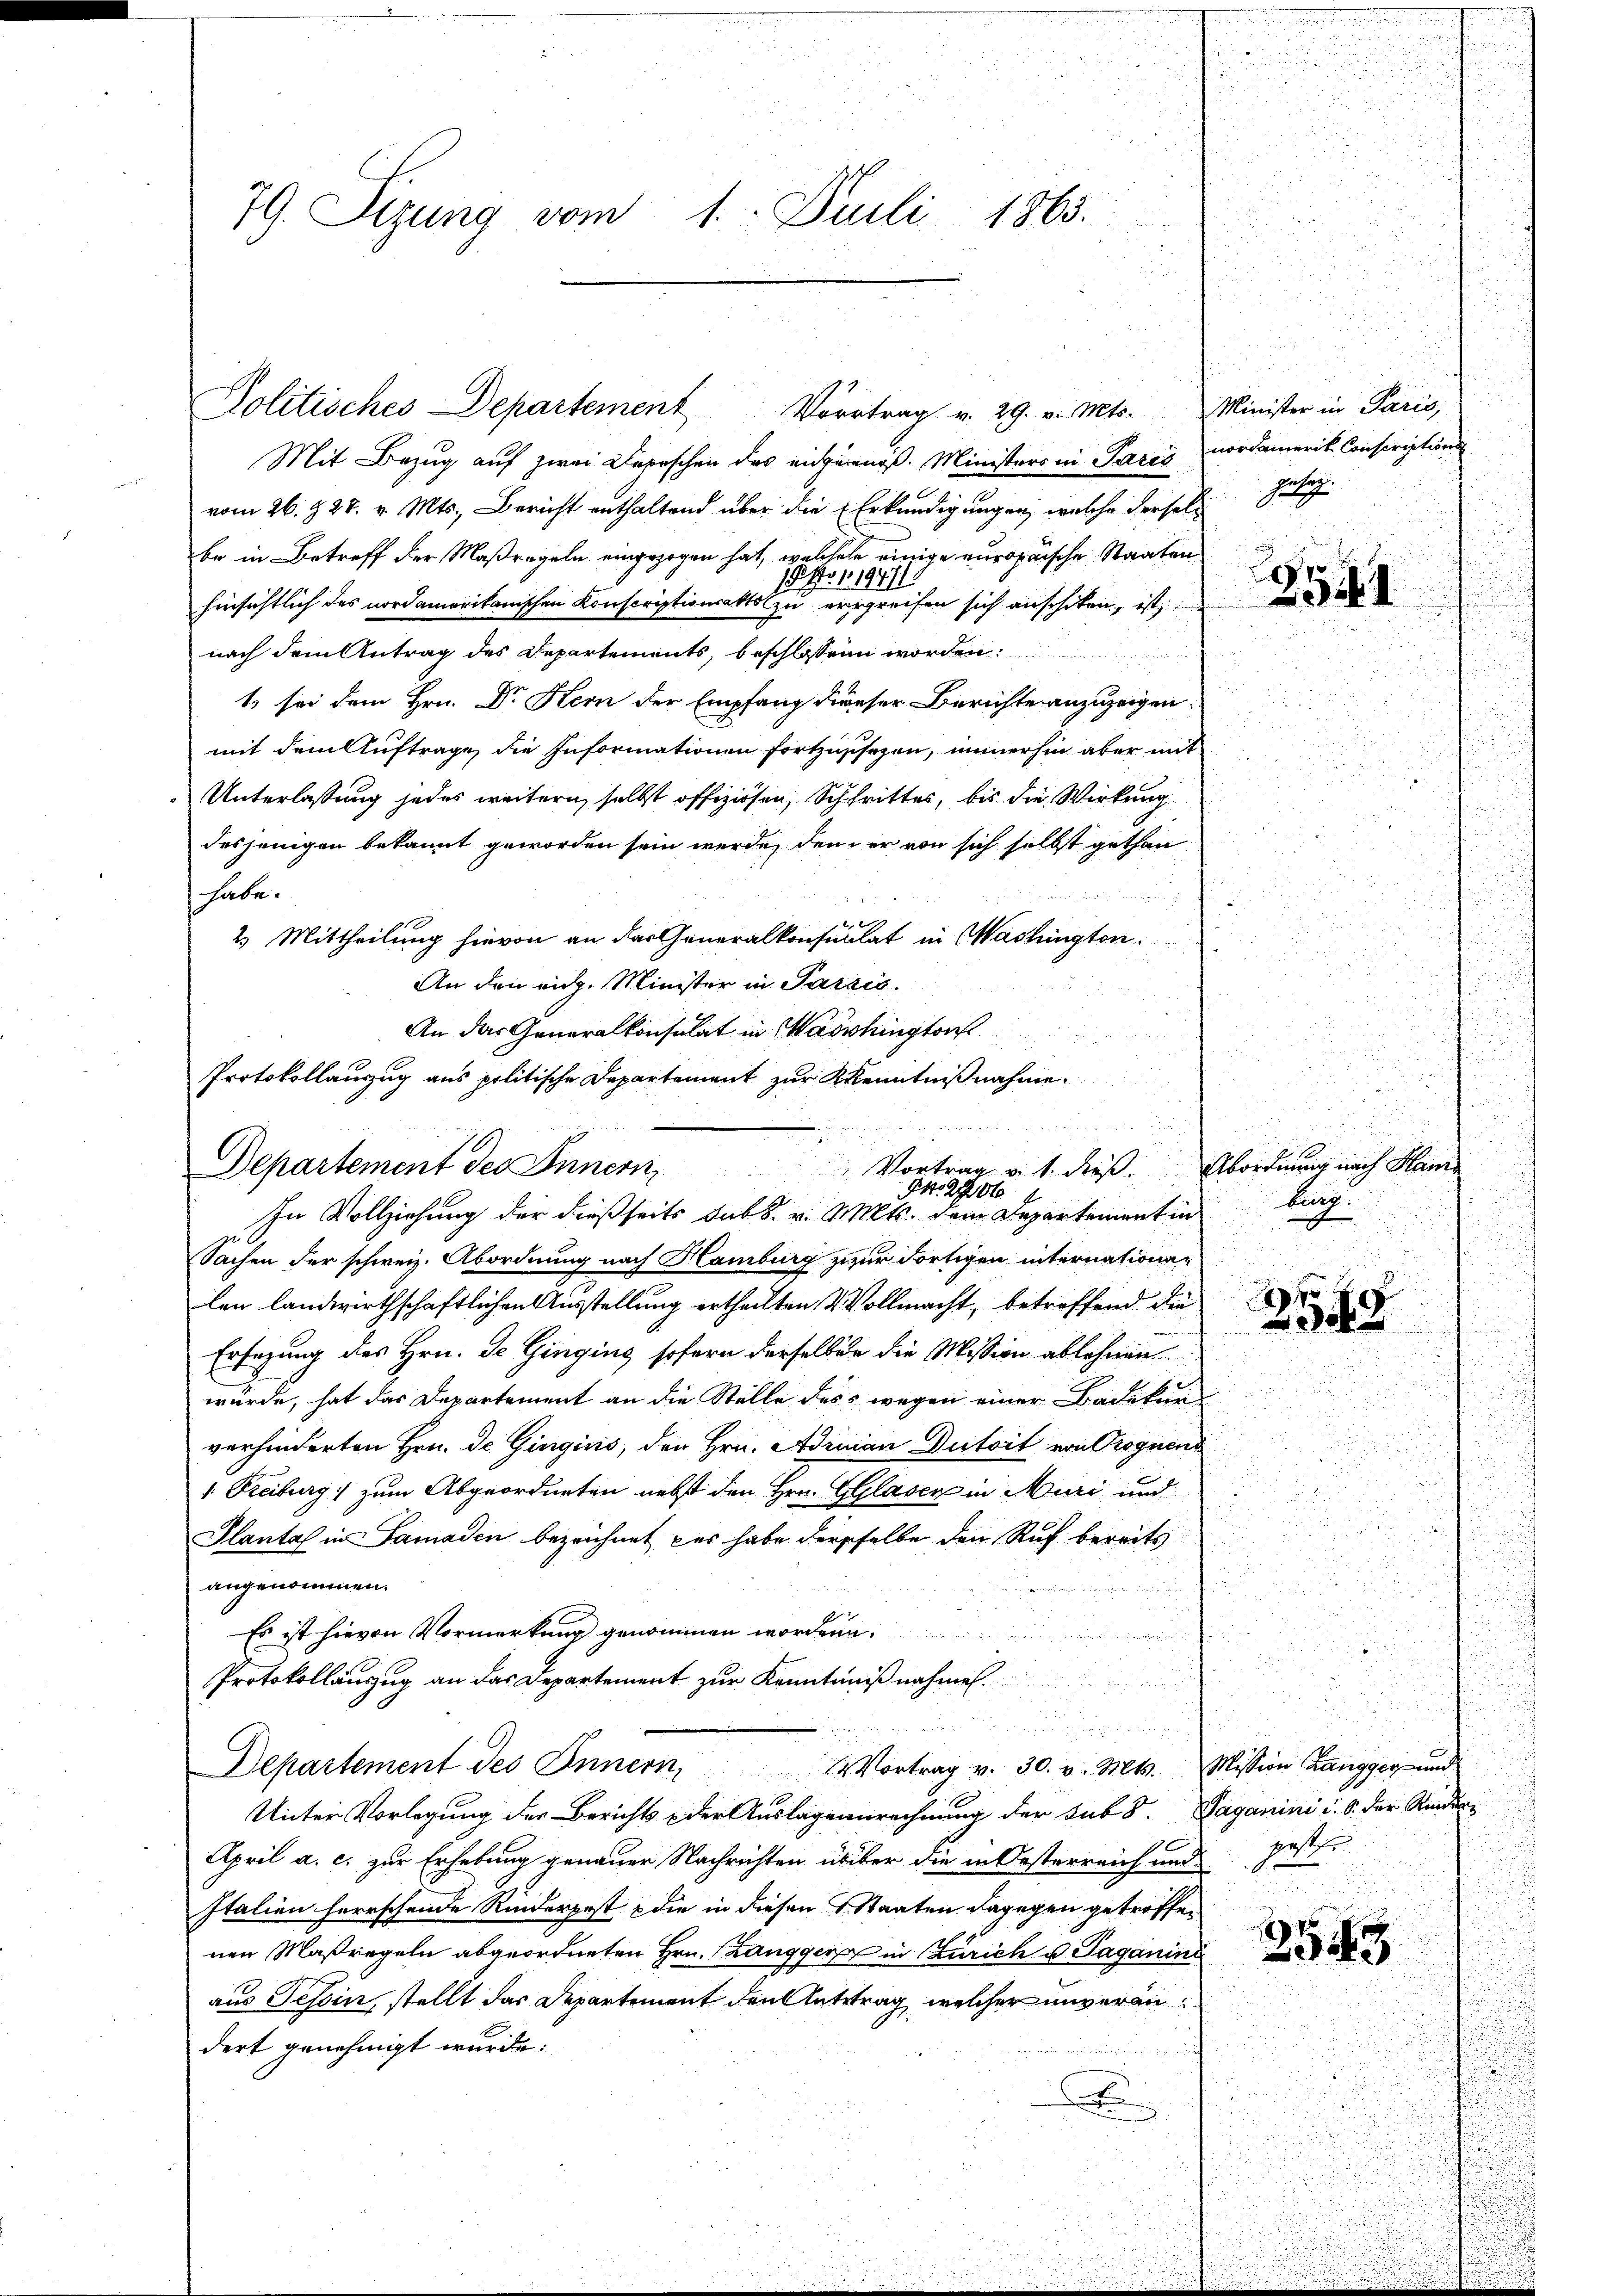
Mit Bezug auf zwei Depeschen das eicherenöß. Ministers in Paris nordamerit Conscription
vom 26. d. 28. v. Mts., Bericht enthaltend über die Erkundigungen, welche derselbe in Betreff der Maßregeln eingezogen hat, welches einige europäische Staaten
1 Nr. 1. 19771.
hinsichtlich des nordamerikanischen Konscriptionsatts zu ergreifen sich anschiken, ist
nach dem Antrag des Departements, beschlossen worden.
1. sei dem Hrn. Dr Hern der Empfang dieser Berichte anzuzeigen.
mit dem Auftrage die Informationen fortzuschehen, immerhin aber mit
Unterlassung jedes weitern, selbst offiziösen, Schrittes, bis die Wirkung
desjenigen bekannt geworden sein werde, den er von sich selbst gethan
habe.
2) Mittheilung hievon an das Generalkonsulat in Washington
An den rich. Minister in Parais.
An das Generalkonsulat in Wadshington
Protokollauszug aus politische Departement zur Kenntnißnahme

Politisches Departement Vortrag v. 29. v. Mts. Minister in Paris,

xx
Departement des Innern Vortrag v. 1. dieß. Abordnung nach Ham
Pkt. 2206
In Vollziehung der dießseits sub 8. v. Mts. dem Departement in bring

79. Sizung vom 1. Juli 1865.

Sachen der schweiz. Abordnung nach Hamburg zur Fortigen internationalen landwirthschaftlichen Ausstellung ertheilten & Vollmacht, betreffend die
Ersezung des Hrn. Je Gingins sofern derselben die Mission ablehnen
würde, hat das Departement an die Stelle des wegen einer Badekur
verhinderten Hrn. De Gingins, den Hrn. Adrian Dutoit von Prognend
" Freiburg zum Abgeordneten nebst den Hrn. Glaser in Muri und
Plantas in Samaden bezeichnet, das habe derselbe den Ruf bereits
angenommen.
geehrer
Es ist hievon Vormerkung genommen worden.
u
Protokollauszug an das Departement zur Kenntnißnahmen.

Departement des Innern Vortrag v. 30. v. Mts. Mission Zangger und
Unter Vorlegung des Berichts der Auslagensrechnung der sub 8. Taganini d. 6. der Kinder-
April a. c. zur Erhebung genauer Nachrichten über die in Oesterreich und geste
Italien herrschende Rinderpest die in diesen S. Staaten dagegen getroffen
nen Maßregeln abgeordneten Hrn. Langger in Zürich u. Taganine
aus Tessin, stellt das Departement den Antrag, welcher unverändert genehmigt wurde.

helg

g

288

7
2348

3943